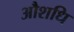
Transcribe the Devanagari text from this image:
औशधि